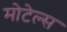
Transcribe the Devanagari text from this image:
मोटेल्स